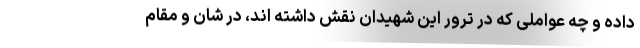
داده و چه عواملی که در ترور این شهیدان نقش داشته اند، در شان و مقام